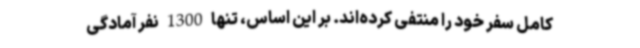
کامل سفر خود را منتفی کرده‌اند. بر این اساس، تنها 1300 نفر آمادگی